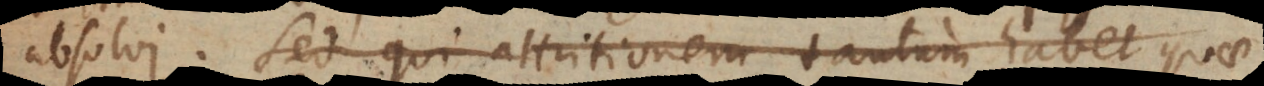
absolvi. Sed qui attritionem tantum habet, quae